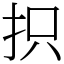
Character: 抧